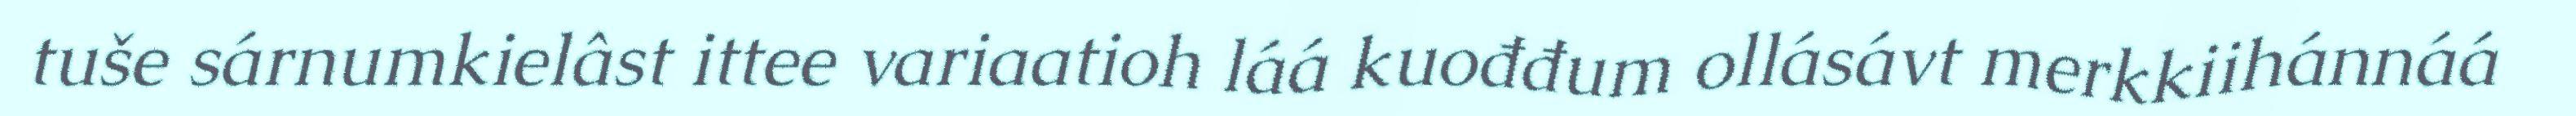
tuše sárnumkielâst ittee variaatioh láá kuođđum ollásávt merkkiihánnáá